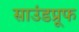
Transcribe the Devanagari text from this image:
साउंडप्रूफ